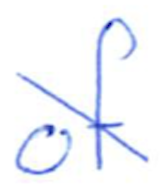
Text: of
Cross-out: diagonal
Writing tool: ballpoint